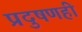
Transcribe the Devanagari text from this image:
प्रदुषणही